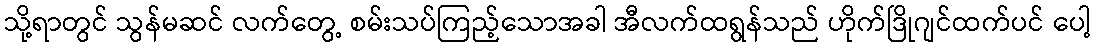
သို့ရာတွင် သွန်မဆင် လက်တွေ့ စမ်းသပ်ကြည့်သောအခါ အီလက်ထရွန်သည် ဟိုက်ဒြိုဂျင်ထက်ပင် ပေါ့